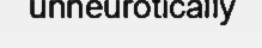
unneurotically